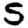
Digit: 5